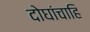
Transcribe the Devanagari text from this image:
दोघांचाहि